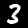
Digit: 3